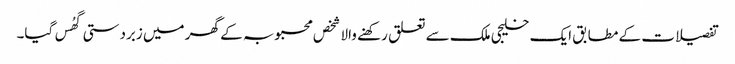
تفصیلات کے مطابق ایک خلیجی ملک سے تعلق رکھنے والا شخص محبوبہ کے گھر میں زبردستی گھُس گیا۔